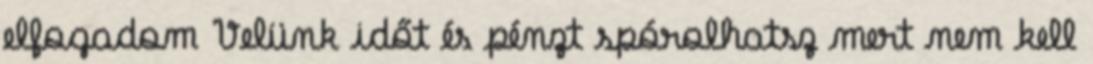
elfogadom Velünk időt és pénzt spórolhatsz mert nem kell